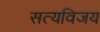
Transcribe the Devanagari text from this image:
सत्यविजय